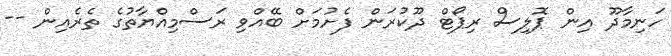
ހަނިމާދޫ އިން ޕޮލިސް ރިޕޯޓް ދޫކުރަން ފެށުމަށް ބޭއްވި ރަސްމިއްޔާތުގެ ތެރެއިން --